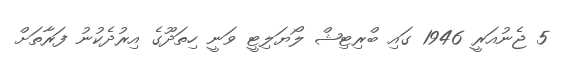
5 ޖެނުއަރީ 1946 ގައި ބްރިޓިޝް ލޯޔަލިޓީ ވަނީ ހިތަދޫގެ އިރުދެކުނު ފަރާތަށް